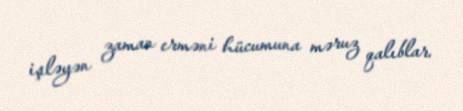
işləyən zaman erməni hücumuna məruz qalıblar.